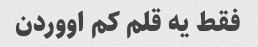
فقط یه قلم کم اووردن